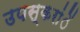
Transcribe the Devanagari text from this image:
उपस्करांें